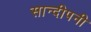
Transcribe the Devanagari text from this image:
सान्दीपनी